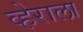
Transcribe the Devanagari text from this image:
व्हेराला